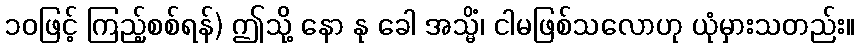
၁၀ဖြင့် ကြည့်စစ်ရန်) ဤသို့ နော နု ခေါ အသ္မိံ၊ ငါမဖြစ်သလောဟု ယုံမှားသတည်း။